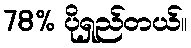
78% ပိုရှည်တယ်။